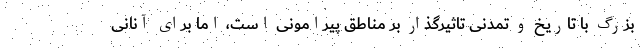
بزرگ با تاریخ و تمدنی تاثیرگذار بر مناطق پیرامونی است، اما برای آنانی